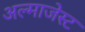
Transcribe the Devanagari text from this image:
अल्माजेस्ट